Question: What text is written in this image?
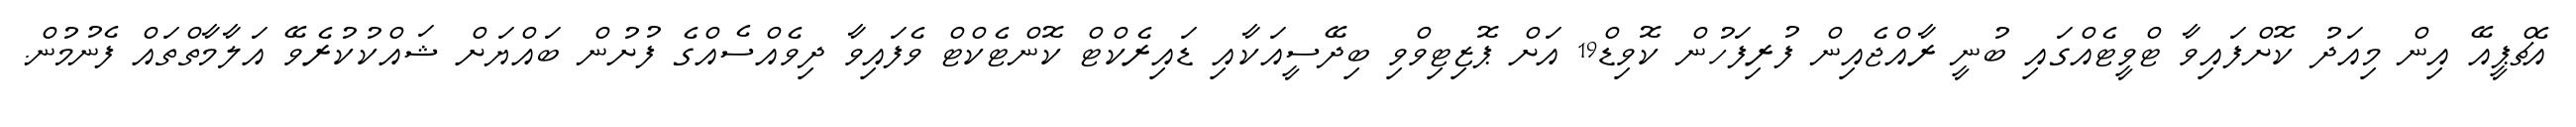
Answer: އެޗްޕީއޭ އިން މިއަދު ކޮށްފައިވާ ޓްވީޓެއްގައި ބުނީ ރާއްޖެއިން ފުރިފަހުން ކޮވިޑް19 އަށް ޕޮޒިޓިވްވި ބިދޭސީއަކާއި ޑައިރެކްޓް ކޮންޓެކްޓް ވެފައިވާ ދިވެއްސެއްގެ ފުށުން ބައްޔަށް ޝައްކުކުރެވޭ އަލާމާތްތައް ފެނުމުން.